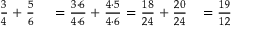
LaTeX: \begin{array} { r l r } { { \frac { 3 } { 4 } } + { \frac { 5 } { 6 } } } & { { } = { \frac { 3 \cdot 6 } { 4 \cdot 6 } } + { \frac { 4 \cdot 5 } { 4 \cdot 6 } } = { \frac { 1 8 } { 2 4 } } + { \frac { 2 0 } { 2 4 } } } & { = { \frac { 1 9 } { 1 2 } } } \end{array}